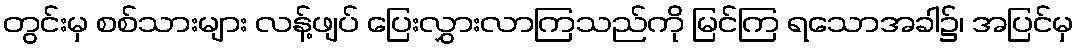
တွင်းမှ စစ်သားများ လန့်ဖျပ် ပြေးလွှားလာကြသည်ကို မြင်ကြ ရသောအခါ၌၊ အပြင်မှ